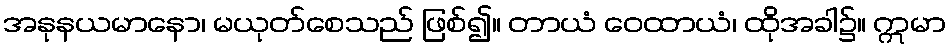
အနုနယမာနော၊ မယုတ်စေသည် ဖြစ်၍။ တာယံ ဝေထာယံ၊ ထိုအခါ၌။ ဣမာ